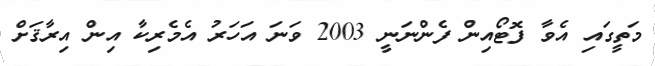
މަތީގައި އެވާ ފޮޓޯއިން ފެންނަނީ 2003 ވަނަ އަހަރު އެމެރިކާ އިން އިރާޤަށް